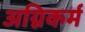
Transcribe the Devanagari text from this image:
अग्निकर्म